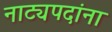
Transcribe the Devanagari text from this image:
नाट्यपदांना